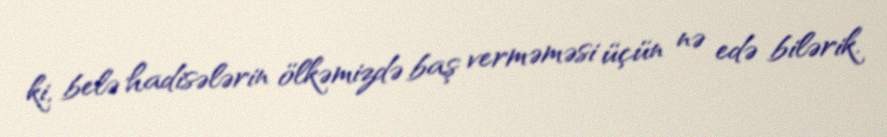
ki, belə hadisələrin ölkəmizdə baş verməməsi üçün nə edə bilərik.